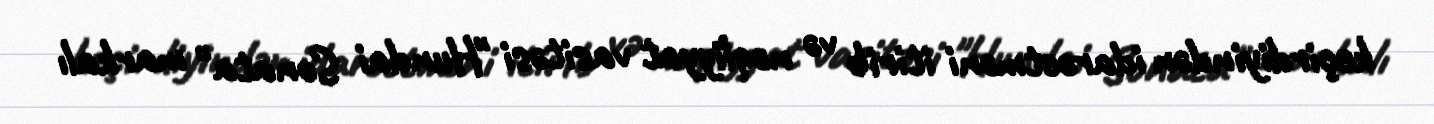
keçirdiyindən idarəetməni itirib və nəqliyyat vasitəsi "Hundai Sonata" markalı